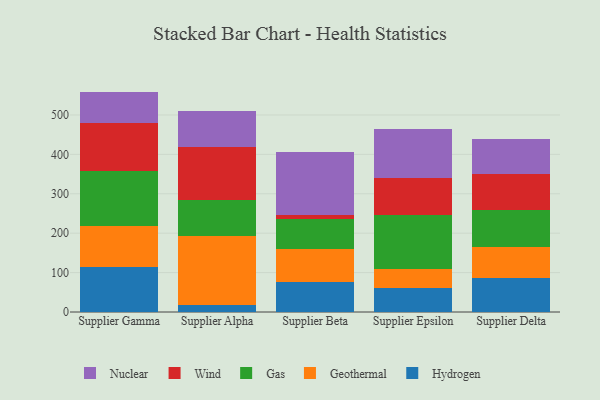
{"axis": {"x": "Supplier", "y": "Website Visitors"}, "legend": ["Gas", "Geothermal", "Hydrogen", "Nuclear", "Wind"], "data": [{"x": "Supplier Gamma", "y": 114.8, "type": "Hydrogen"}, {"x": "Supplier Gamma", "y": 102.2, "type": "Geothermal"}, {"x": "Supplier Gamma", "y": 140.7, "type": "Gas"}, {"x": "Supplier Gamma", "y": 122.4, "type": "Wind"}, {"x": "Supplier Gamma", "y": 79.2, "type": "Nuclear"}, {"x": "Supplier Alpha", "y": 17.0, "type": "Hydrogen"}, {"x": "Supplier Alpha", "y": 175.5, "type": "Geothermal"}, {"x": "Supplier Alpha", "y": 92.7, "type": "Gas"}, {"x": "Supplier Alpha", "y": 133.2, "type": "Wind"}, {"x": "Supplier Alpha", "y": 91.0, "type": "Nuclear"}, {"x": "Supplier Beta", "y": 76.1, "type": "Hydrogen"}, {"x": "Supplier Beta", "y": 83.6, "type": "Geothermal"}, {"x": "Supplier Beta", "y": 75.7, "type": "Gas"}, {"x": "Supplier Beta", "y": 10.7, "type": "Wind"}, {"x": "Supplier Beta", "y": 159.9, "type": "Nuclear"}, {"x": "Supplier Epsilon", "y": 60.9, "type": "Hydrogen"}, {"x": "Supplier Epsilon", "y": 48.8, "type": "Geothermal"}, {"x": "Supplier Epsilon", "y": 137.2, "type": "Gas"}, {"x": "Supplier Epsilon", "y": 94.1, "type": "Wind"}, {"x": "Supplier Epsilon", "y": 123.2, "type": "Nuclear"}, {"x": "Supplier Delta", "y": 85.1, "type": "Hydrogen"}, {"x": "Supplier Delta", "y": 79.1, "type": "Geothermal"}, {"x": "Supplier Delta", "y": 94.4, "type": "Gas"}, {"x": "Supplier Delta", "y": 91.3, "type": "Wind"}, {"x": "Supplier Delta", "y": 89.3, "type": "Nuclear"}]}